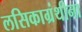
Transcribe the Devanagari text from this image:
लसिकाग्रंथीना